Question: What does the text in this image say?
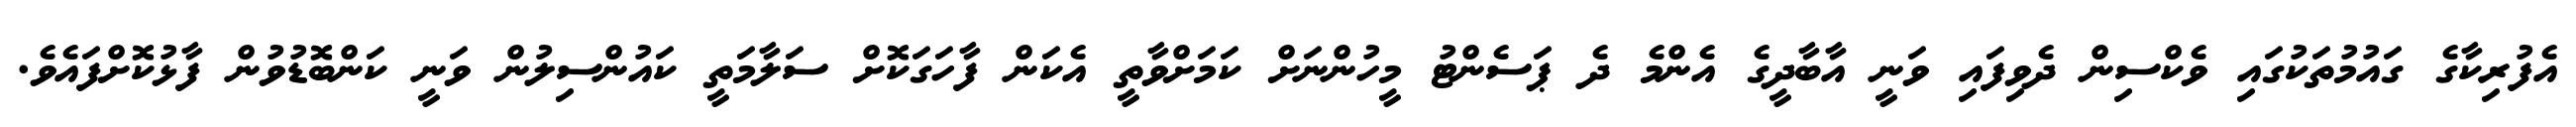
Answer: އެފުރިކާގެ ގައުމުތަކުގައި ވެކްސިން ދެވިފައި ވަނީ އާބާދީގެ އެންމެ ދެ ޕަސެންޓު މީހުންނަށް ކަމަށްވާތީ އެކަން ފާހަގަކޮށް ސަލާމަތީ ކައުންސިލުން ވަނީ ކަންބޮޑުވުން ފާޅުކޮށްފައެވެ.